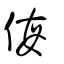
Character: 侮